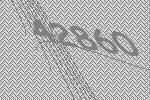
42860